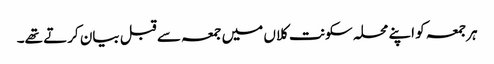
ہرجمعہ کو اپنے محلہ سکونت کلاں میں جمعہ سے قبل بیان کرتے تھے۔